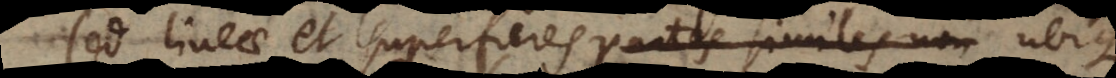
Sed lineae et superficies partes similes non ubique